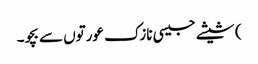
) شیشے جیسی نازک عورتوں سے بچو۔